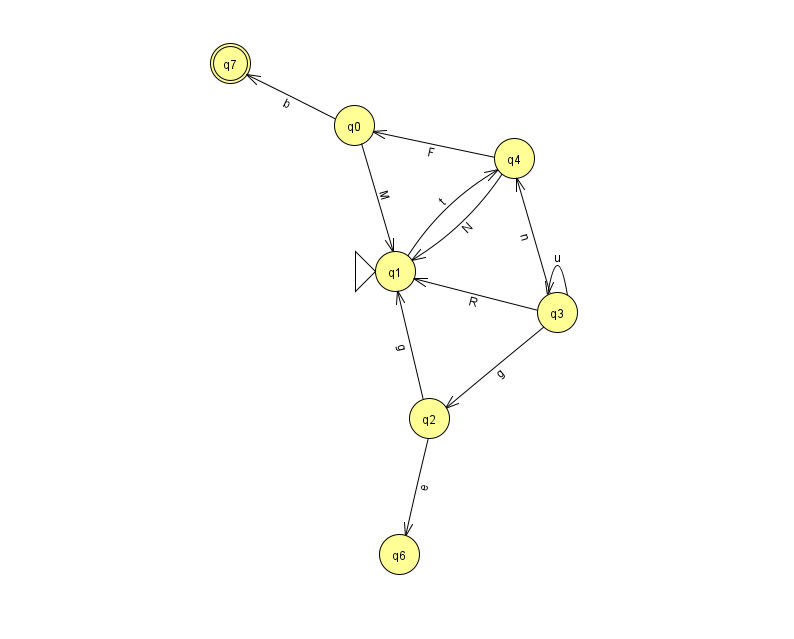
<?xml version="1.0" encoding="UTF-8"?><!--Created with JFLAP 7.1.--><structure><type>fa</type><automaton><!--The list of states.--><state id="0" name="q0"><x>354.0</x><y>112.0</y></state><state id="1" name="q1"><x>395.0</x><y>258.0</y><initial/></state><state id="2" name="q2"><x>429.0</x><y>405.0</y></state><state id="3" name="q3"><x>557.0</x><y>299.0</y></state><state id="4" name="q4"><x>514.0</x><y>145.0</y></state><state id="6" name="q6"><x>399.0</x><y>541.0</y></state><state id="7" name="q7"><x>230.0</x><y>50.0</y><final/></state><!--The list of transitions.--><transition><from>0</from><to>1</to><read>M</read></transition><transition><from>4</from><to>0</to><read>F</read></transition><transition><from>2</from><to>1</to><read>g</read></transition><transition><from>3</from><to>3</to><read>u</read></transition><transition><from>4</from><to>1</to><read>N</read></transition><transition><from>0</from><to>7</to><read>b</read></transition><transition><from>2</from><to>6</to><read>e</read></transition><transition><from>3</from><to>4</to><read>n</read></transition><transition><from>3</from><to>1</to><read>R</read></transition><transition><from>3</from><to>2</to><read>g</read></transition><transition><from>1</from><to>4</to><read>t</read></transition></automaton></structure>